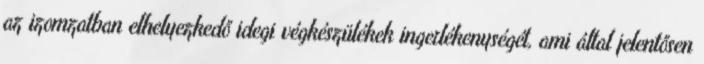
az izomzatban elhelyezkedő idegi végkészülékek ingerlékenységét, ami által jelentősen